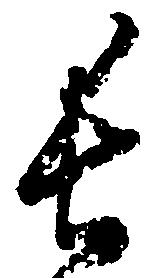
長